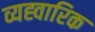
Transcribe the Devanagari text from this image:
व्यह्वारिक